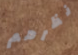
نظرهم